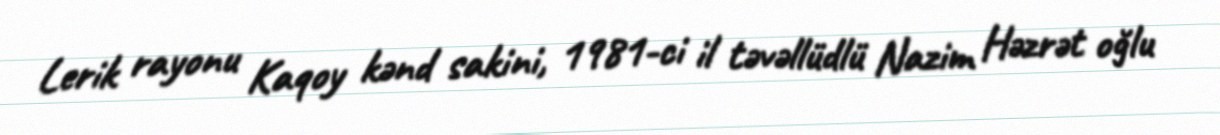
Lerik rayonu Kaqoy kənd sakini, 1981-ci il təvəllüdlü Nazim Həzrət oğlu